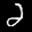
Label: 2